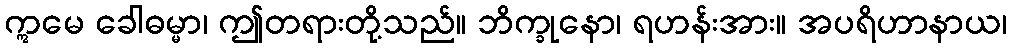
ဣမေ ခေါဓမ္မာ၊ ဤတရားတို့သည်။ ဘိက္ခုနော၊ ရဟန်းအား။ အပရိဟာနာယ၊